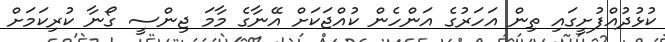
ކުޅުދުއްފުށީގައި ތިން އަހަރުގެ އަންހެން ކުއްޖަކަށް އޭނާގެ މާމަ ޖިންސީ ގޯނާ ކުރިކަމަށް